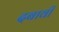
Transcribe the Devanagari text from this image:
दबावी